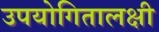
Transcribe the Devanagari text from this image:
उपयोगितालक्षी